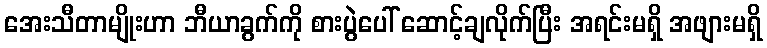
အေးသီတာမျိုးဟာ ဘီယာခွက်ကို စားပွဲပေါ် ဆောင့်ချလိုက်ပြီး အရင်းမရှိ အဖျားမရှိ